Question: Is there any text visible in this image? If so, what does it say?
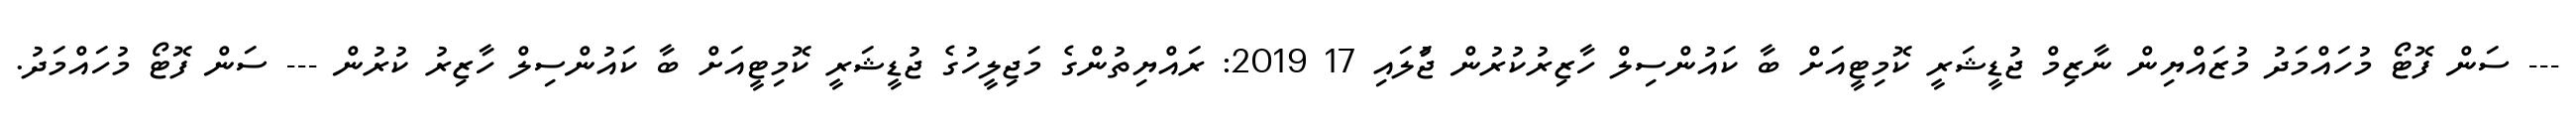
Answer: --- ސަން ފޮޓޯ މުހައްމަދު މުޒައްޔިން ނާޒިމް ޖުޑީޝަރީ ކޮމިޓީއަށް ބާ ކައުންސިލް ހާޒިރުކުރުން ޖުަލައި 17 2019: ރައްޔިތުންގެ މަޖިލީހުގެ ޖުޑީޝަރީ ކޮމިޓީއަށް ބާ ކައުންސިލް ހާޒިރު ކުރުން --- ސަން ފޮޓޯ މުހައްމަދު.